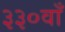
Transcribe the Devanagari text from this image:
३३०वाँ